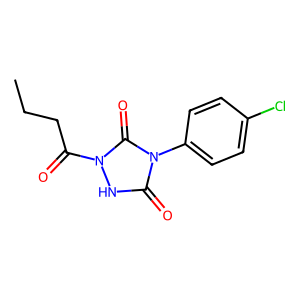
SMILES: CCCC(=O)n1[nH]c(=O)n(-c2ccc(Cl)cc2)c1=O
Inhibits HIV replication: No